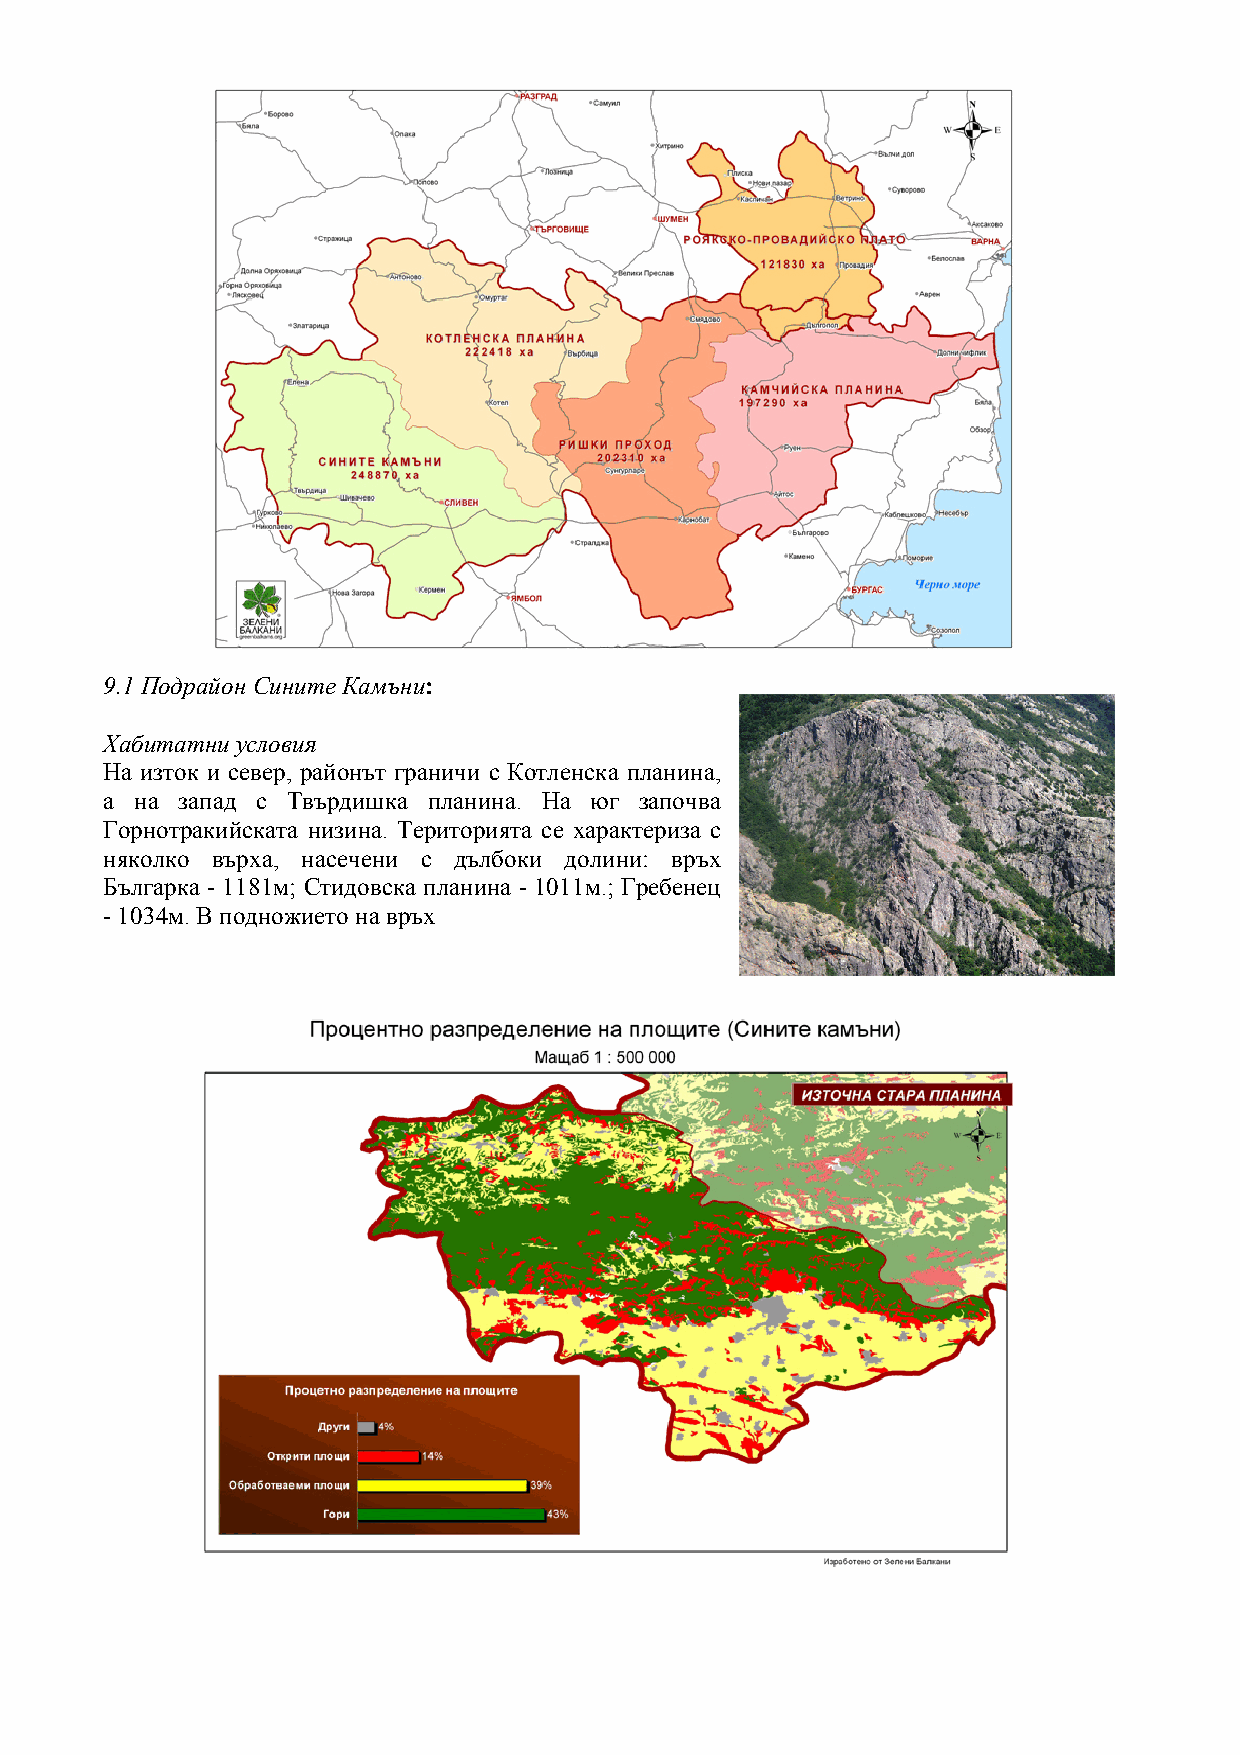
9.1 Подрайон Сините Камъни:
 Хабитатни условия
 На изток и север, районът граничи с Котленска планина,
 а на запад с Твърдишка планина. На юг започва
 Горнотракийската низина. Територията се характериза с
 няколко върха, насечени с дълбоки долини: връх
 Българка - 1181м; Стидовска планина - 1011м.; Гребенец
 - 1034м. В подножието на връх